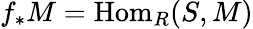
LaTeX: f_{*}M=\operatorname{Hom}_{R}(S,M)